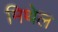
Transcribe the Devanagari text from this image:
मिथेल